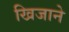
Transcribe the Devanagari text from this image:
खिजाने